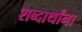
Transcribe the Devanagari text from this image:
शब्दार्थांना